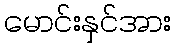
မောင်းနှင်အား